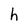
Character: h